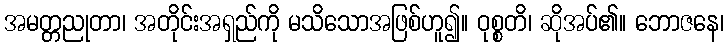
အမတ္တညုတာ၊ အတိုင်းအရှည်ကို မသိသောအဖြစ်ဟူ၍။ ဝုစ္စတိ၊ ဆိုအပ်၏။ ဘောဇနေ၊